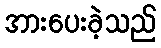
အားပေးခဲ့သည်